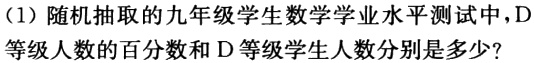
（1）随机抽取的九年级学生数学学业水平测试中，D等级人数的百分数和D等级学生人数分别是多少?